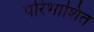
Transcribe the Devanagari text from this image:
परिभाशित